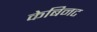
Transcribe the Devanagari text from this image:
केबिनट